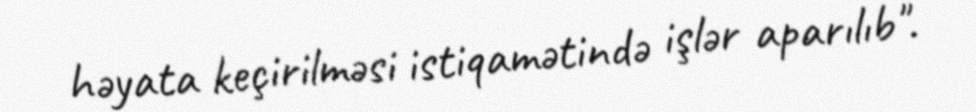
həyata keçirilməsi istiqamətində işlər aparılıb".